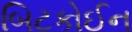
બિટકોઈન